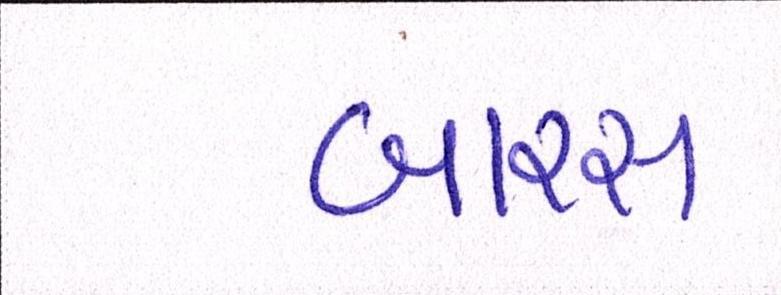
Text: બારસ